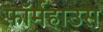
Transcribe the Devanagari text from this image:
फ़ॉर्महाउस